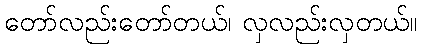
တော်လည်းတော်တယ်၊ လှလည်းလှတယ်။